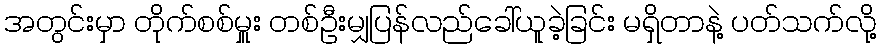
အတွင်းမှာ တိုက်စစ်မှူး တစ်ဦးမျှပြန်လည်ခေါ်ယူခဲ့ခြင်း မရှိတာနဲ့ ပတ်သက်လို့